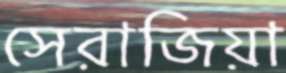
সেরাজিয়া